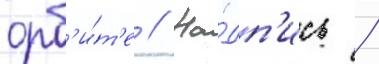
орб'и́т'е // На́дп'ись /